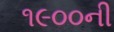
૧૯૦૦ની